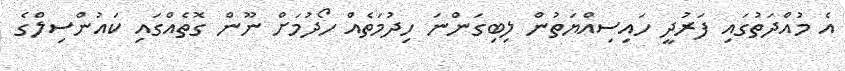
އެ މުއްދަތުގައި ފަރުދީ ހައިސިއްޔަތުން ލިބިގަންނަ ހިދުމަތެއް ހޯދުމަށް ނޫން ގޮތެއްގައި ކައުންސިލްގެ